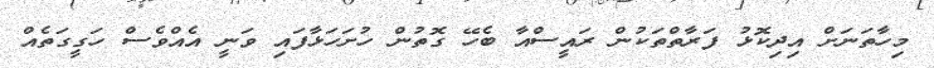
މިހާތަނަށް އިދިކޮޅު ފަރާތްތަކުން ރައީސްއާ ބެހޭ ގޮތުން ހުށަހަޅާފައި ވަނީ އެއްވެސް ހަގީގަތެއް